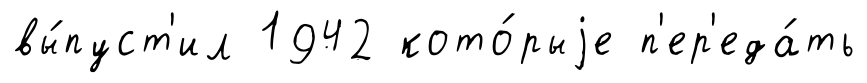
вы́пуст'ил 1942 кото́рыjе п'ер'еда́ть